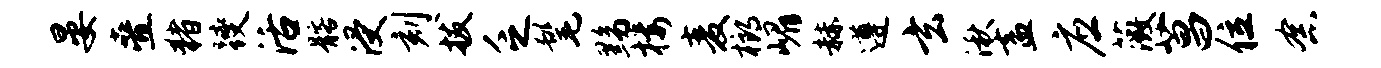
晏叠猪躞活髂浸刻拔乏髦黝楼麦榔嵋赫遵玄湫盍应薇菖位念